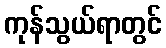
ကုန်သွယ်ရာတွင်